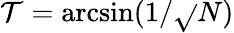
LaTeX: \mathcal{T}=\arcsin(1/{\sqrt{}{{N}}})